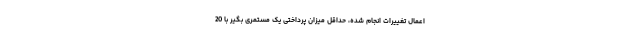
اعمال تغییرات انجام شده، حداقل میزان پرداختی یک مستمری بگیر با 20